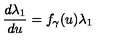
\frac { d \lambda _ { 1 } } { d u } = f _ { \gamma } ( u ) \lambda _ { 1 }